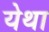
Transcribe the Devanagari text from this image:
येथा